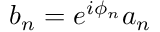
b _ { n } = e ^ { i \phi _ { n } } a _ { n }